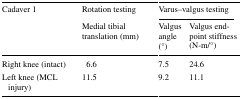
| <ROWSPAN=2> Cadaver 1 | Rotation testing | <COLSPAN=2> Varus–valgus testing |
 | Medial tibial translation (mm) | Valgus angle (°) | Valgus endpoint stiffness (N-m/°) |
 | --- | --- | --- | --- |
 | Right knee (intact) | 6.6 | 7.5 | 24.6 |
 | Left knee (MCL injury) | 11.5 | 9.2 | 11.1 |